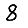
Digit: 8